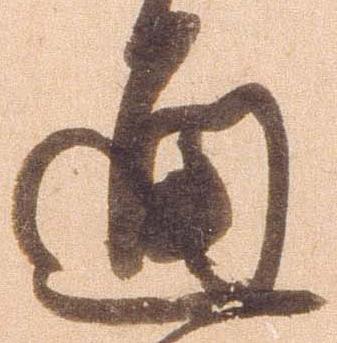
通